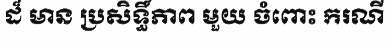
ដ៏ មាន ប្រសិទ្ធិ៍ភាព មួយ ចំពោះ ករណី